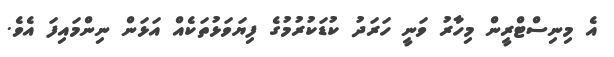
އެ މިނިސްޓްރީން މިހާރު ވަނީ ހަރަދު ކުޑަކުރުމުގެ ފިޔަވަޅުތަކެއް އަޅަން ނިންމައިފަ އެވެ.